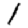
Digit: 1